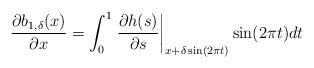
LaTeX: \begin{align*}\dfrac{\partial b_{1,\delta}(x)}{\partial x} = \int_{0}^{1} \left.\dfrac{\partial h(s)}{\partial s}\right|_{x+\delta\sin(2\pi t)}\sin(2\pi t) dt\end{align*}